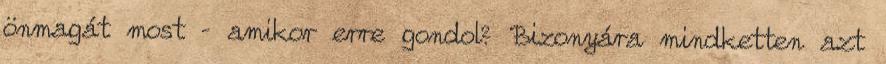
önmagát most – amikor erre gondol? Bizonyára mindketten azt